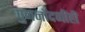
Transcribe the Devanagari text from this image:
पुनर्नोंदणीही